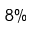
8 \%